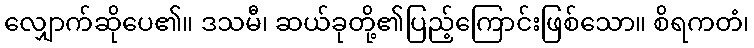
လျှောက်ဆိုပေ၏။ ဒသမီ၊ ဆယ်ခုတို့၏ပြည့်ကြောင်းဖြစ်သော။ စိရကတံ၊